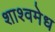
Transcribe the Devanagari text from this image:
शाश्वमेध